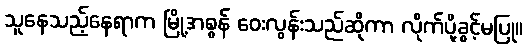
သူနေသည့်နေရာက မြို့အစွန် ဝေးလွန်းသည်ဆိုကာ လိုက်ပို့ခွင့်မပြု။